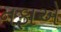
નફાએ